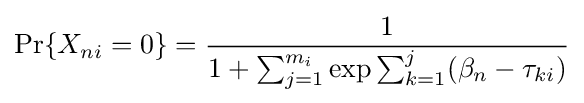
\Pr\{X_{ni}=0\}={\frac {1}{1+\sum _{j=1}^{m_{i}}\exp {{\sum _{k=1}^{j}(\beta _{n}}-{\tau _{ki}})}}}